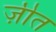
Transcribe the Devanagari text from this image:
ज़ीत